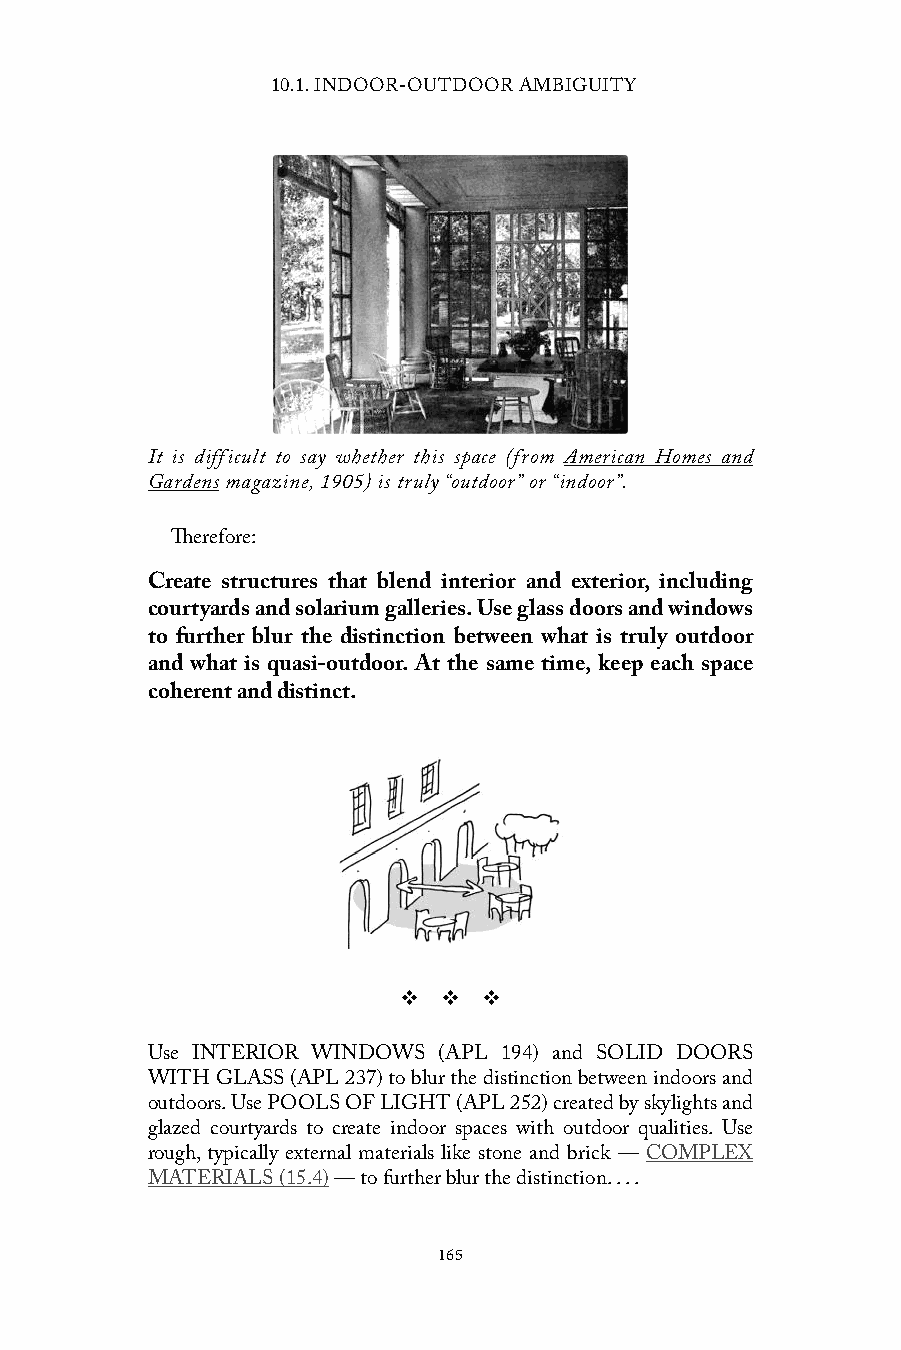
10.1. INDOOR-OUTDOOR AMBIGUITY
 It is difficult to say whether this space (from American Homes and
 Gardens magazine, 1905) is truly “outdoor” or “indoor”.
 Therefore:
 Create structures that blend interior and exterior, including
 courtyards and solarium galleries. Use glass doors and windows
 to further blur the distinction between what is truly outdoor
 and what is quasi-outdoor. At the same time, keep each space
 coherent and distinct.
 v  v  v
 Use INTERIOR WINDOWS (APL 194) and SOLID DOORS
 WITH GLASS (APL 237) to blur the distinction between indoors and
 outdoors. Use POOLS OF LIGHT (APL 252) created by skylights and
 glazed courtyards to create indoor spaces with outdoor qualities. Use
 rough, typically external materials like stone and brick — COMPLEX
 MATERIALS (15.4) — to further blur the distinction. . . .
 165